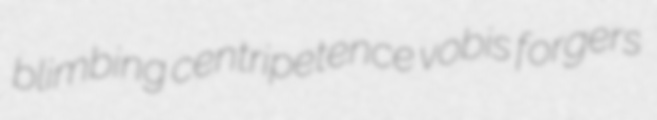
blimbing centripetence vobis forgers